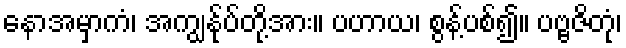
နောအမှာကံ၊ အကျွန်ုပ်တို့အား။ ပဟာယ၊ စွန့်ပစ်၍။ ပဗ္ဗဇိတုံ၊